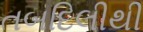
તબદિલીથી